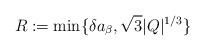
LaTeX: \begin{align*}R:= \min\{\delta a_{\beta},\sqrt{3}|Q|^{1/3}\}\end{align*}